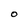
Character: O